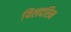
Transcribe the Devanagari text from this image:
यिलदरिम